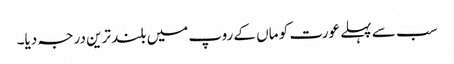
سب سے پہلے عورت کو ماں کے روپ میں بلند ترین درجہ دیا۔